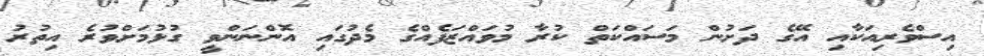
އިސްވެރިއަކާއި އޭގެ ދަށުން މަސައްކަތް ކުރާ މުވައްޒަފެއްގެ މެދުގައި އޮންނަންވީ ގުޅުމަށްވުރެ އިތުރު